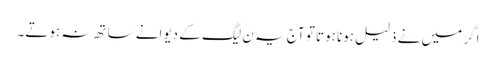
اگر میں نے ذلیل ہونا ہوتا تو آج یہ ن لیگ کے دیوانے ساتھ نہ ہوتے۔